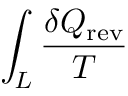
\int _ { L } { \frac { \delta Q _ { \mathrm { r e v } } } { T } }